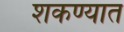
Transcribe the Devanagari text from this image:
शकण्यात